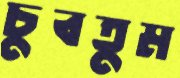
চুবতুম